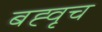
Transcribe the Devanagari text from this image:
बह्वृच